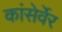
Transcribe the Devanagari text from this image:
कांसेर्वेर